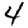
Digit: 4